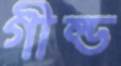
গীল্ড